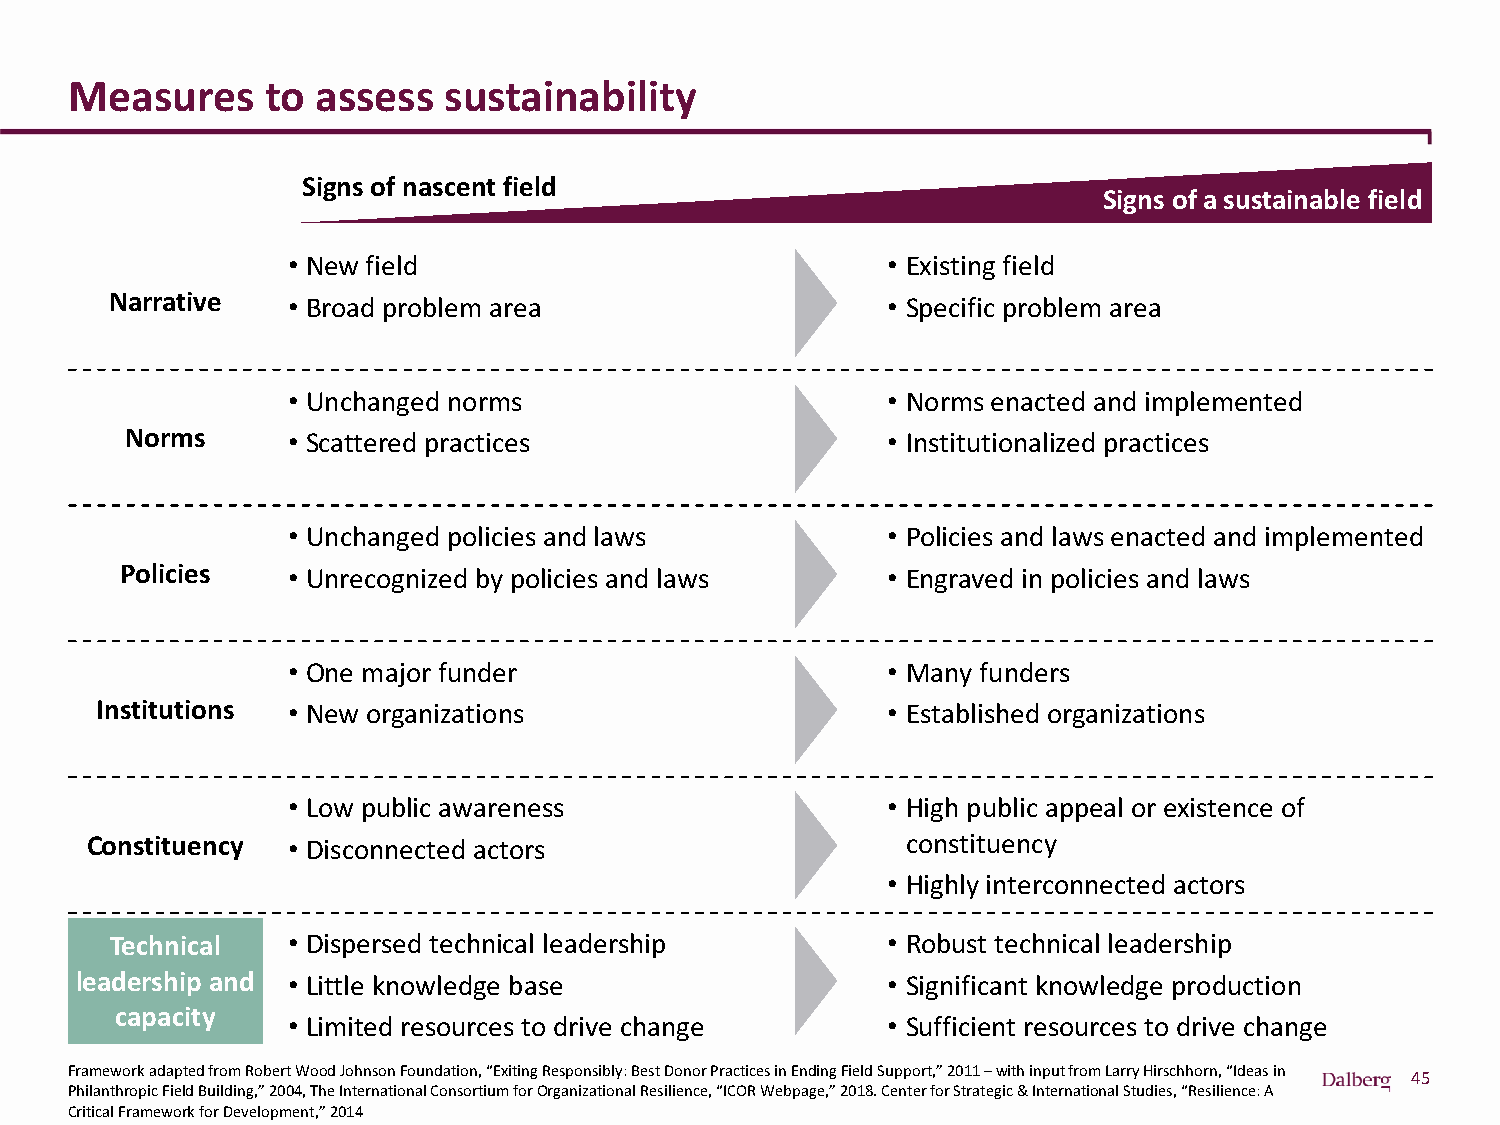
Measures     to assess  sustainability
 Signs of nascent field
 Signs of a sustainable field
 • New field                             • Existing field
 Narrative   • Broad problem area                    • Specific problem area
 • Unchanged norms                       • Norms enacted and implemented
 Norms      • Scattered practices                   • Institutionalized practices
 • Unchanged policies and laws           • Policies and laws enacted and implemented
 Policies   • Unrecognized by policies and laws     • Engraved in policies and laws
 • One major funder                      • Many funders
 Institutions • New organizations                     • Established organizations
 • Low public awareness                  • High public appeal or existence of
 Constituency • Disconnected actors                    constituency
 • Highly interconnected actors
 Technical   • Dispersed technical leadership        • Robust technical leadership
 leadership and • Little knowledge base                • Significant knowledge production
 capacity
 • Limited resources to drive change     • Sufficient resources to drive change
 Framework adapted from Robert Wood Johnson Foundation, “Exiting Responsibly: Best Donor Practices in Ending Field Support,” 2011 –with input from Larry Hirschhorn, “Ideas in
 45
 Philanthropic Field Building,” 2004, The International Consortium for Organizational Resilience, “ICOR Webpage,” 2018. Centerfor Strategic & International Studies, “Resilience: A
 Critical Framework for Development,” 2014